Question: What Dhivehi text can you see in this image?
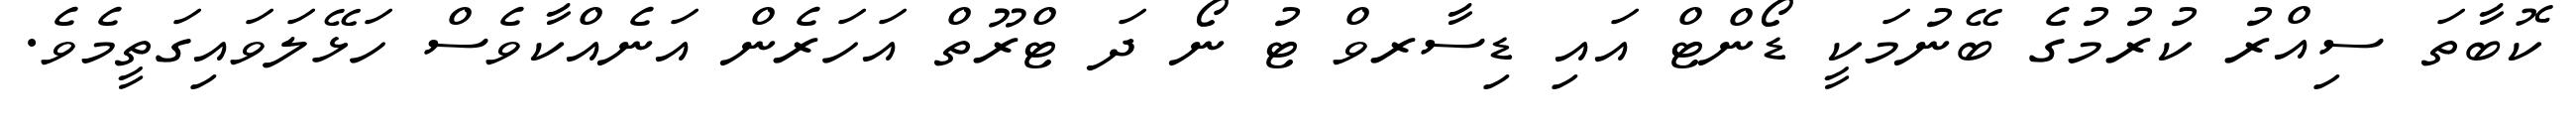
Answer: ކޮބާތަ ސިއްރު ކުރުމުގެ ބޭނުމަކީ ޑޯންޓް އައި ޑިސާރވް ޓު ނޯ ދަ ޓްރޫތް އަހަރެން އަނެއްކާވެސް ހަޅޭލަވައިގަތީމެވެ.